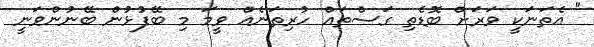
" އެތަނަކީ ވަރަށް ބޮޑެތި ގަސްތައް ހުރިތަނެއް ވީމަ މި ބޭފުޅުން ބޭނުންވަނީ